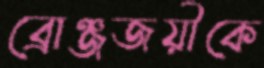
ব্রোঞ্জজয়ীকে